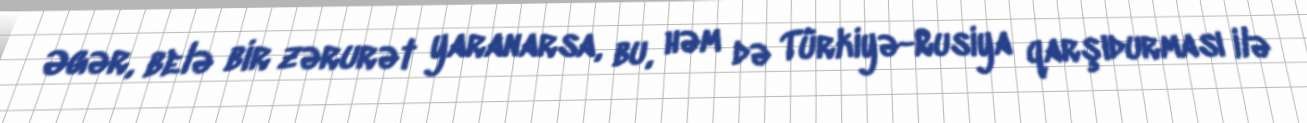
Əgər, belə bir zərurət yaranarsa, bu, həm də Türkiyə-Rusiya qarşıdurması ilə